Annual report of the Central Committee of the Association together with the report of the directors of the Pasteur Institute at Kasauli
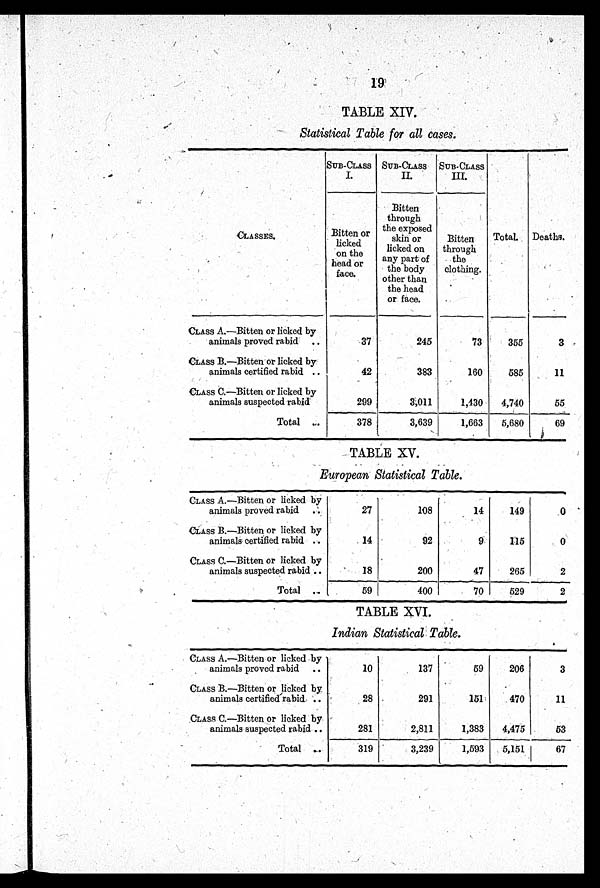
19
TABLE XIV.
Statistical Table for all cases.
CLASSES.
SUB-CLASS
I.
SUB-CLASS
II.
SUB-CLASS
III.
Total. Deaths.
Bitten or
licked
on the
head or
face.
Bitten
through
the exposed
skin or
licked on
any part of
the body
other than
the head
or face.
Bitten
through
the
clothing.
CLASS A.—Bitten or licked by
animals proved rabid
37
245
73
355
3
CLASS B .—Bitten or licked by
animals certified rabid
42
383
160
585
11
CLASS C.—Bitten or licked by
animals suspected rabid
299
3,011
1,430
4,740
55
Total
378
3,639
1,663
5,680
69
TABLE XV.
European Statistical Table.
CLASS A.—Bitten or licked by
animals proved rabid
27
108
14
149
0
CLASS B.—Bitten or licked by
animals certified rabid
14
92
9
115
0
CLASS C.—Bitten or licked by
animals suspected rabid
18
200
47
265
2
Total
59
400
70
529
2
TABLE XVI.
Indian Statistical Table.
CLASS A.—Bitten or licked by
animals proved rabid
10
137
59
206
3
CLASS B.—Bitten or licked by
animals certified rabid
28
291
151
470
11
CLASS C.—Bitten or licked by
animals suspected rabid
281
2,811
1,383
4,475
53
Total
319
3,239
1,593
5,151
67